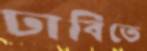
ঢাবিতে